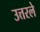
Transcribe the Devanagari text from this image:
उत्तरले